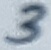
Text: 3